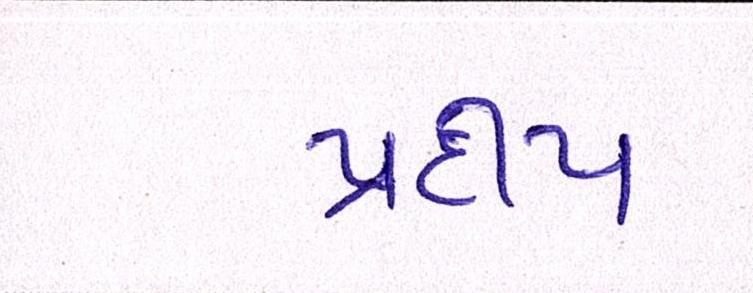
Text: પ્રદીપ